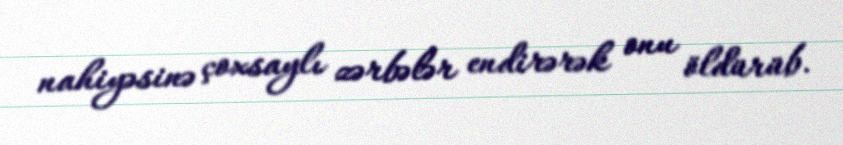
nahiyəsinə çoxsaylı zərbələr endirərək onu öldürüb.